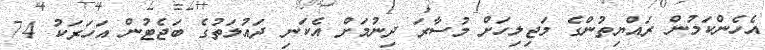
އެހެންކަމުން ރައްޔިތުންގެ މަޖިލިހަށް މުސާރަ ދިނުމަށް އެކަނި ދައުލަތުގެ ބަޖެޓުން އަހަރަކު 74